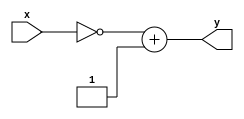
`timescale 1ns / 1ps

module displayNA
(
    input[5:0] x,
    output[5:0] y
);
//This module is to set the output as the negative of first number
//First we take the 2's complement and then add 1
assign y=~x+1;
endmodule